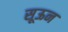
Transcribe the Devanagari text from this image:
सूऊन